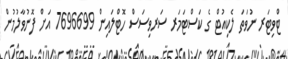
ޓްވިޓަރ ނުވަތަ ލެކިއުޓް ގެ ކަސްޓަމަރ ސަރވިސަސް ހޮޓްލައިން 7696699 އަށް ފޮނުވާލުމުން